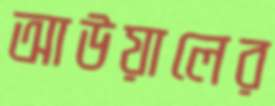
আউয়ালের